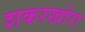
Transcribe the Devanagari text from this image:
शकरखोरा